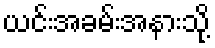
ယင်းအခမ်းအနားသို့